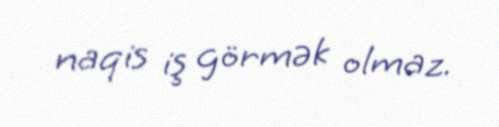
naqis iş görmək olmaz.